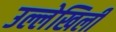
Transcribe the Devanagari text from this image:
उल्लेखिली